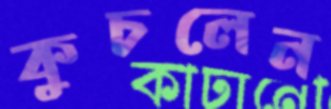
কুচলেন